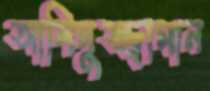
আলিমুজ্জামান